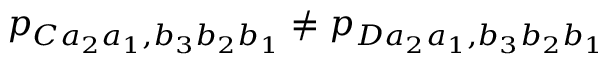
p _ { C a _ { 2 } a _ { 1 } , b _ { 3 } b _ { 2 } b _ { 1 } } \neq p _ { D a _ { 2 } a _ { 1 } , b _ { 3 } b _ { 2 } b _ { 1 } }